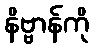
နိဗ္ဗာန်ကို